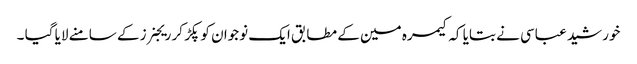
خورشید عباسی نے بتایا کہ کیمرہ مین کے مطابق ایک نوجوان کو پکڑ کر ریجنرز کے سامنے لایا گیا ۔